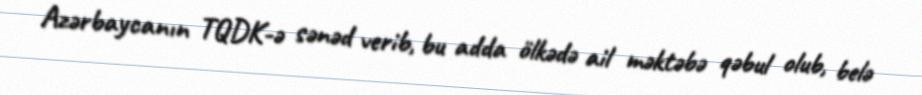
Azərbaycanın TQDK-ə sənəd verib, bu adda ölkədə ail məktəbə qəbul olub, belə